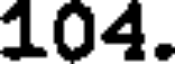
104.